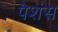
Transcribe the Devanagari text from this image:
पेशंस